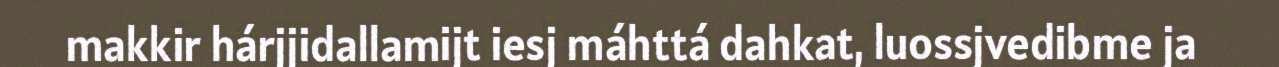
makkir hárjjidallamijt iesj máhttá dahkat, luossjvedibme ja